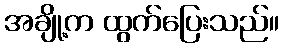
အချို့က ထွက်ပြေးသည်။